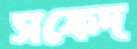
সফেদ